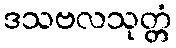
ဒသဗလသုတ္တံ